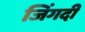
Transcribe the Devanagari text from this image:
जिंगदी